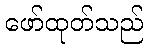
ဖော်ထုတ်သည်